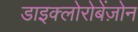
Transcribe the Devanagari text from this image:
डाइक्लोरोबेंज़ोन